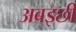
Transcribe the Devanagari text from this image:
अबइछी